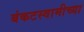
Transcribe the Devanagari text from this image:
बंकटस्वामीच्या